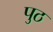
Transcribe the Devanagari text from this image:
पुठ